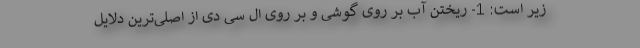
زیر است: 1- ریختن آب بر روی گوشی و بر روی ال سی دی از اصلی‌ترین دلایل